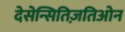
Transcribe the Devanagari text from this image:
देसेन्सितिज़तिओन